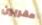
مقربين